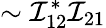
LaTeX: \sim\mathcal{I}_{12}^{*}\mathcal{I}_{21}